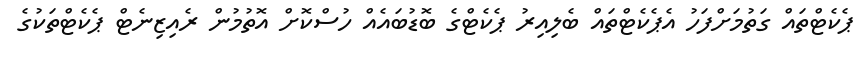
ޕެކެޓްތައް ގަތުމަށްފަހު އެޕެކެޓްތައް ބެލިއިރު ޕެކެޓްގެ ބޮޑުބައެއް ހުސްކޮށް އޮތުމުން ރެއިޒިނެޓް ޕެކެޓްތަކުގެ